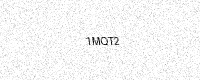
Text: 1MQT2